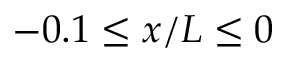
- 0 . 1 \leq x / L \leq 0